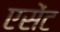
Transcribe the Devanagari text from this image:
एसेंट